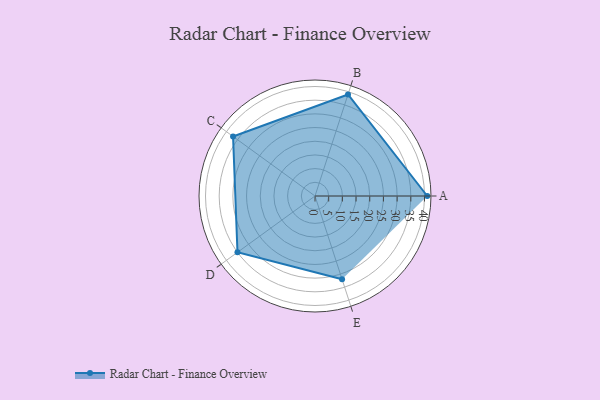
{"axis": {"x": "Skill", "y": "Score"}, "legend": ["Profile"], "data": [{"x": "A", "y": 41.0, "type": "Profile"}, {"x": "B", "y": 39.0, "type": "Profile"}, {"x": "C", "y": 37.0, "type": "Profile"}, {"x": "D", "y": 35.0, "type": "Profile"}, {"x": "E", "y": 32.0, "type": "Profile"}]}